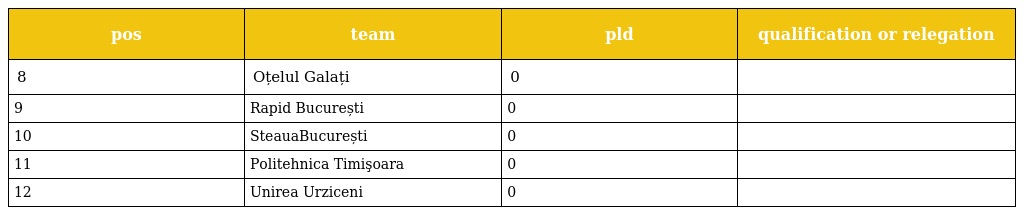
| pos | team | pld | qualification or relegation |
 | --- | --- | --- | --- |
 | 8 | Oțelul Galați | 0 |  |
 | 9 | Rapid București | 0 |  |
 | 10 | SteauaBucurești | 0 |  |
 | 11 | Politehnica Timişoara | 0 |  |
 | 12 | Unirea Urziceni | 0 |  |